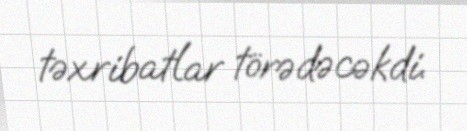
təxribatlar törədəcəkdi.